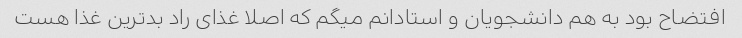
افتضاح بود به هم دانشجویان و استادانم میگم که اصلا غذای راد بد‌ترین غذا هست